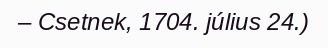
– Csetnek, 1704. július 24.)